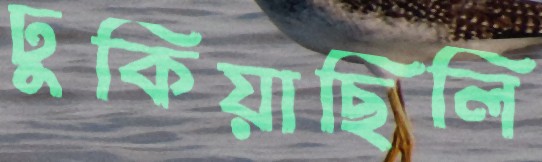
ঢুকিয়াছিলি